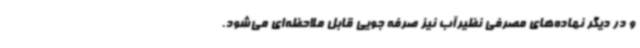
و در دیگر نهاده‌های مصرفی نظیرآب نیز صرفه جویی قابل ملاحظه‌ای می‌شود.